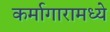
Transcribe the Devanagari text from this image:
कर्मागारामध्ये